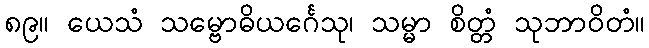
၈၉။ ယေသံ သမ္ဗောဓိယင်္ဂေသု၊ သမ္မာ စိတ္တံ သုဘာဝိတံ။